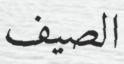
الصيف